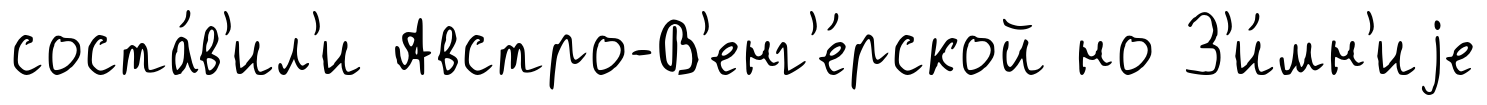
соста́в'ил'и Австро-В'енг'е́рской но З'и́мн'иjе